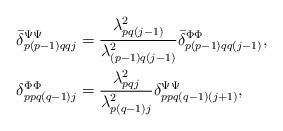
LaTeX: \begin{align*}\Bar{\delta}^{\Psi\Psi}_{p(p-1)qqj} &= \frac{\lambda_{pq(j-1)}^2}{\lambda_{(p-1)q(j-1)}^2} \Bar{\delta}^{\Phi\Phi}_{p(p-1)qq(j-1)},\\\delta^{\Phi\Phi}_{ppq(q-1)j} &= \frac{\lambda_{pqj}^2}{\lambda_{p(q-1)j}^2} \delta^{\Psi\Psi}_{ppq(q-1)(j+1)},\end{align*}